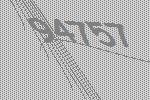
94757